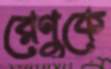
রেণুকে